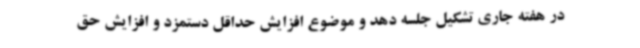
در هفته جاری تشکیل جلسه دهد و موضوع افزایش حداقل دستمزد و افزایش حق